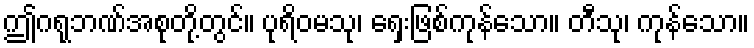
ဤဂရုဘဏ်အစုတို့တွင်။ ပုရိဝမသု၊ ရှေးဖြစ်ကုန်သော။ တီသု၊ ကုန်သော။